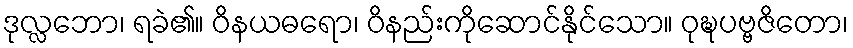
ဒုလ္လဘော၊ ရခဲ၏။ ဝိနယဓရော၊ ဝိနည်းကိုဆောင်နိုင်သော။ ဝုဍ္ဎပဗ္ဗဇိတော၊